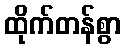
ထိုက်တန်စွာ